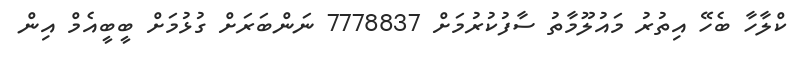
ކްލާހާ ބެހޭ އިތުރު މައުލޫމާތު ސާފުކުރުމަށް 7778837 ނަންބަރަށް ގުޅުމަށް ބީބީއެމް އިން